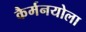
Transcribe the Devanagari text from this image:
कैर्मनयोला